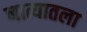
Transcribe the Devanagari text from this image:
नात्यातला